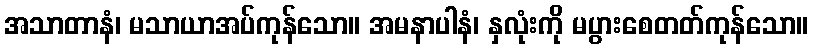
အသာတာနံ၊ မသာယာအပ်ကုန်သော။ အမနာပါနံ၊ နှလုံးကို မပွားစေတတ်ကုန်သော။